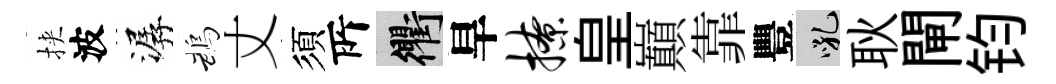
挾波潺鵡丈須𠩄衢旱撩皇巔靠豐吼耿閘钧